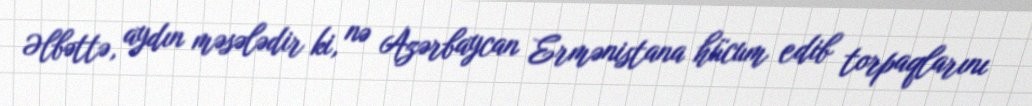
Əlbəttə, aydın məsələdir ki, nə Azərbaycan Ermənistana hücum edib torpaqlarını